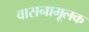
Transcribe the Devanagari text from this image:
वासनामूलक